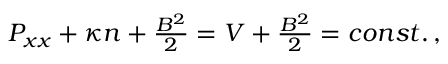
\begin{array} { r } { P _ { x x } + \kappa n + \frac { B ^ { 2 } } { 2 } = V + \frac { B ^ { 2 } } { 2 } = c o n s t . \, , } \end{array}